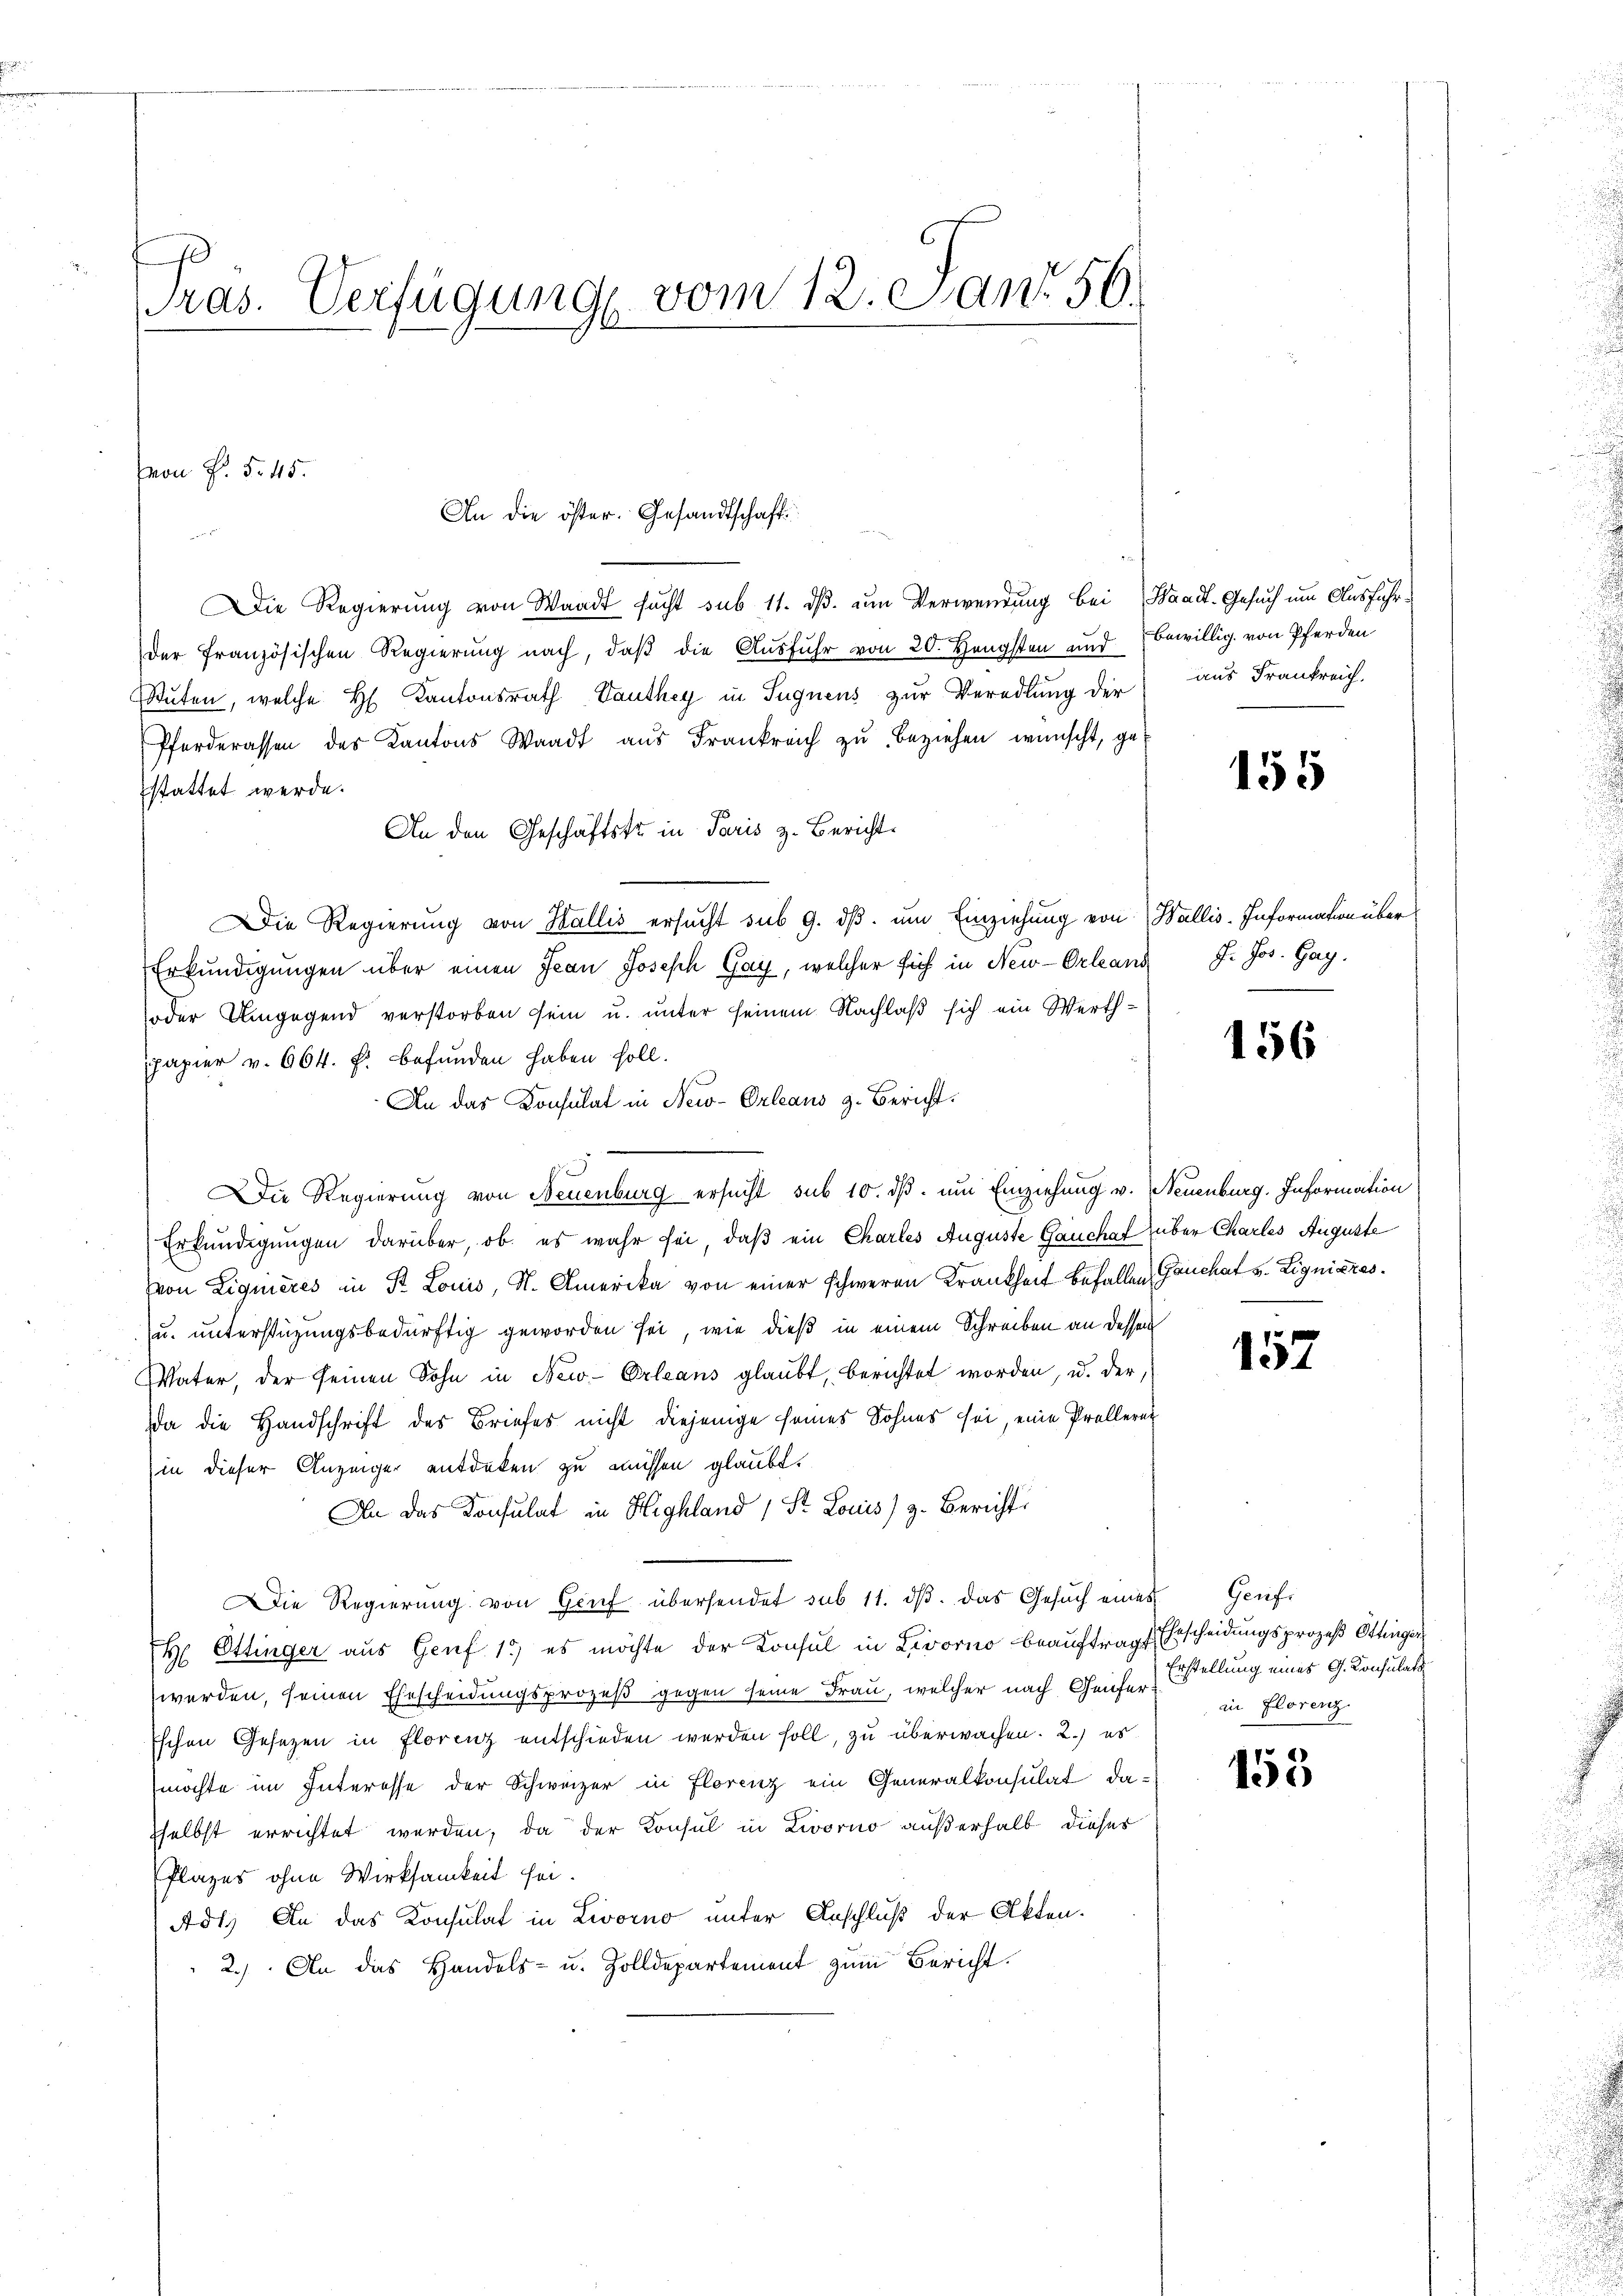
Pras. Verfügung vom 12. Jan. 56.

Von P. §. 45.

Die Regierung von Waadt sucht sub 11. dβ. um Verwendung bei Waadt, Gesuch um Ausführder französischen Regierung nach, daβ die Ausfuhr von 20. Hengsten und bewillig von Pferden
Stuten, welche H. Kantonsrath Vauthey in Sugnens zur Veredlung der
Pferderassen des Kantons Waadt aus Frankreich zŭ beziehen wünscht, ge-
stattet werde.
An den Geschäftstr in Paris z. Bericht.
Die Regierung von Wallis ersucht sub 9. dβ. um Einziehung von Wallis-Information über
Erkundigungen über einen Jean Joseph Gay, welcher sich in New-Orleans J. Jos. Gay
oder Umgegend verstorben sein u. unter seinem Nachlaß sich ein Werthpapier v. 664. F. befunden haben soll.
An das Konsulat in New-Orleans z. Bericht.
Die Regierung von Neuenburg ersucht sub 10. dβ. um Einziehung v. Neuenburg. Information
Erkundigungen darüber, ob es wahr sei, daß ein Charles Auguste Gauchat über Charles Auguste
(von Liquieres in St. Louis, St. Amerika von einer schweren Krankheit befallen Gruchat v. Ligniares.
u. unterstüzungsbedürftig geworden sei, wie dieß in einem Schreiben an dessen
Vater, der seinen Sohn in New-Orleans glaubt, berichtet worden, u. der
da die Handschrift des Briefes nicht diejenige seines Sohnes sei, eine Prollerer
(in dieser Anzeiger entdeken zu müssen glaubt.
An das Konsulat in Highland / St. Louis) z. Bericht
Die Regierŭng von Genf übersendet sub 11. dβ das Gesŭch eines Genf
Ehr Ottinger aus Genf 13) es möchte der Konsul in Livorno beauftragt Erscheidungsprozeß Ottingen
2
werden, seinen Ehescheidungsprozeß gegen seine Frau, welcher nach Geiser Erstellung eines G. Konsulats
Eschen Gesezen in Florenz entschieden werden soll, zu überwachen. 2.) es
möchte im Interesse der Schweizer in Florenz ein Generalkonsulat da-
sselbst errichtet werden, da der Konsul in Livorno außerhalb dieses
Plazes ohne Wirksamkeit sei.
Adt.) An das Konsulat in Livorno unter Anschluß der Akten.
2.) An das Handels- u. Zolldepartement zum Bericht.

An die öster. Gesandtschaft

aus Frankreich.

155

156

157

in Florenz

153